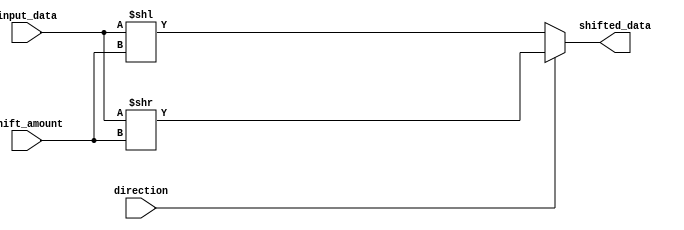
module hybrid_barrel_shifter (
    input [31:0] input_data,
    input [4:0] shift_amount,
    input direction,
    output reg [31:0] shifted_data
);

reg [31:0] temp_data;

always @(*) begin
    if (direction == 1) begin // Right shift
        temp_data = input_data >> shift_amount;
    end else begin // Left shift
        temp_data = input_data << shift_amount;
    end
    
    // Perform arithmetic operations on temp_data
    // (Adders and subtractors can be added here)
    
    shifted_data <= temp_data;
end

endmodule